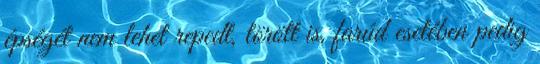
épségét nem lehet repedt, törött is, farúd esetében pedig